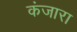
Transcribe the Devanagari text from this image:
कंजारा